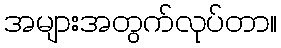
အများအတွက်လုပ်တာ။